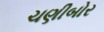
ચણીબોર